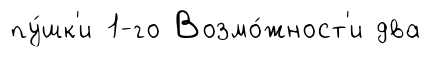
пу́шк'и 1-го Возмо́жност'и два